Civil Veterinary Department. Madras. Admin. report 1926-33 - 1926-1933
Year: 1926
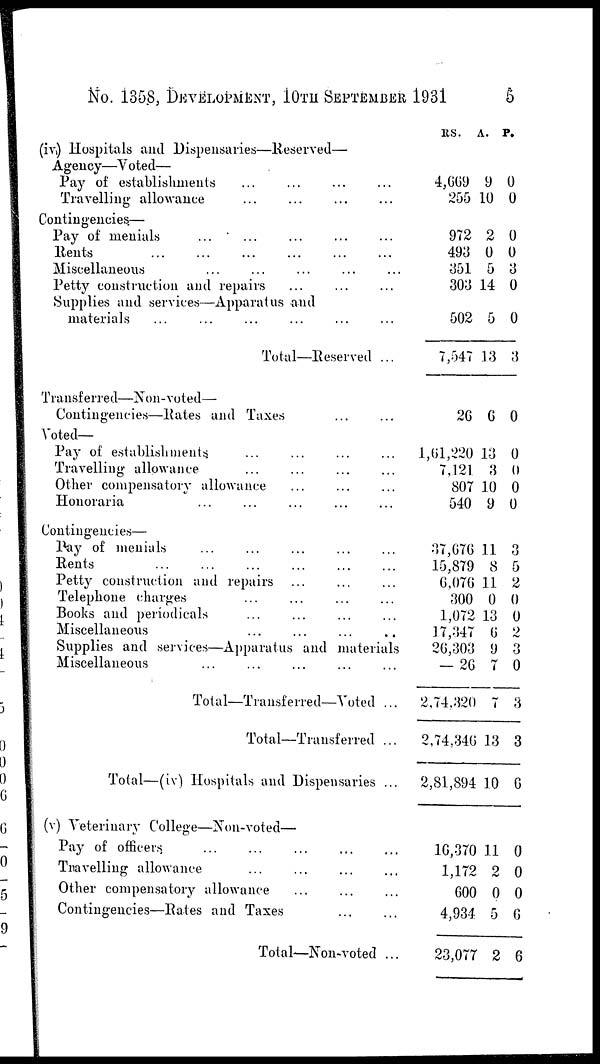
No. 1358, DEVELOPMENT, 10TH SEPTEMBER 1931
5
(iv) Hospitals and Dispensaries—Reserved—
Agency—Voted—
Pay of establishments
...
...
...
...
Travelling allowance
...
...
...
...
Contingencies—
Pay of menials
...
...
...
...
...
Bents
...
...
...
...
...
...
Miscellaneous
...
...
...
...
...
Petty construction and repairs
...
...
...
Supplies and services—Apparatus and
materials
...
...
...
...
...
...
Total—Reserved ...
Transferred—Non-voted—
Contingencies—Rates and Taxes ... ...
Voted—
Pay of establishments.
...
...
...
...
Travelling allowance
...
...
...
...
Other compensatory allowance
...
...
..
Honoraria
...
...
...
...
...
Contingencies—
Pay of menials
...
...
...
...
...
Bents
...
...
...
...
...
...
Petty construction and repairs
...
...
...
Telephone charges
...
...
...
...
Books and periodicals
...
...
...
...
Miscellaneous
...
...
...
...
Supplies and services—Apparatus and materials
Miscellaneous
...
...
...
...
...
Total—Transferred—Voted ...
Total—Transferred ...
Total—(iv) Hospitals and Dispensaries ...
(v) Veterinary College—Non-voted—
Pay of officers.
...
...
...
...
Travelling allowance
...
...
...
Other compensatory allowance
...
...
...
Contingencies—Rates and Taxes
...
...
Total—Non-voted ...
RS.
4,669
255
972
493
351
303
502
7,547
26
1,61,220
7,121
807
540
37,676
15,879
6,076
300
1,072
17,347
26,303
— 26
2,74,320
2,74,346
2,81,894
16,370
1,172
600
4,934
23,07
A.
9
10
2
0
5
14
5
13
6
13
3
10
9
11
8
11
0
13
6
9
7
7
13
10
11
2
0
5
7 2
P.
0
0
0
0
3
0
0
3
0
0
0
0
0
3
5
2
0
0
2
3
0
3
3
6
0
0
0
6
6